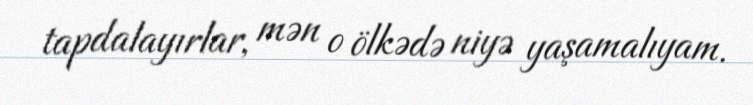
tapdalayırlar, mən o ölkədə niyə yaşamalıyam.